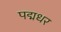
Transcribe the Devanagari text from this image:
पद्मधर